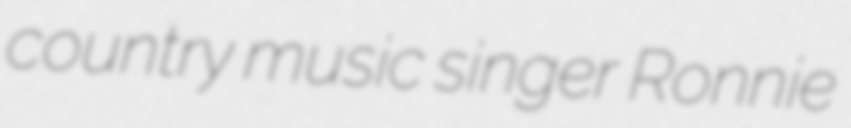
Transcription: country music singer Ronnie